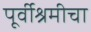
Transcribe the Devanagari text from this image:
पूर्वीश्रमीचा